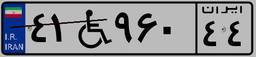
۴۱W۹۶۰۴۴